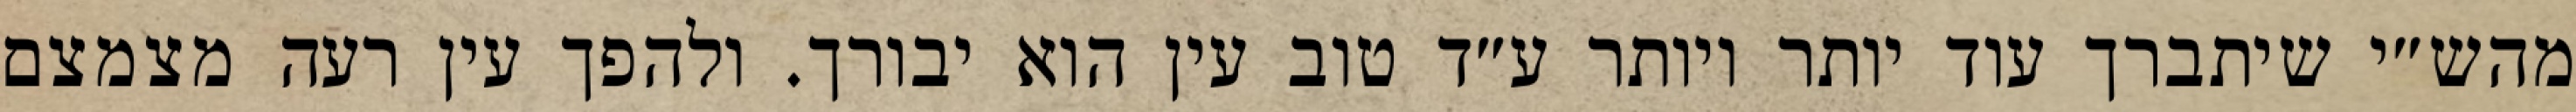
מהש״י שיתברך עוד יותר ויותר ע״ד טוב עין הוא יבורך. ולהפך עין רעה מצמצם